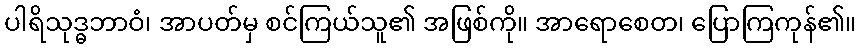
ပါရိသုဒ္ဓဘာဝံ၊ အာပတ်မှ စင်ကြယ်သူ၏ အဖြစ်ကို။ အာရောစေတ၊ ပြောကြကုန်၏။